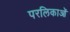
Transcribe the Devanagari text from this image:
परलिकाओं